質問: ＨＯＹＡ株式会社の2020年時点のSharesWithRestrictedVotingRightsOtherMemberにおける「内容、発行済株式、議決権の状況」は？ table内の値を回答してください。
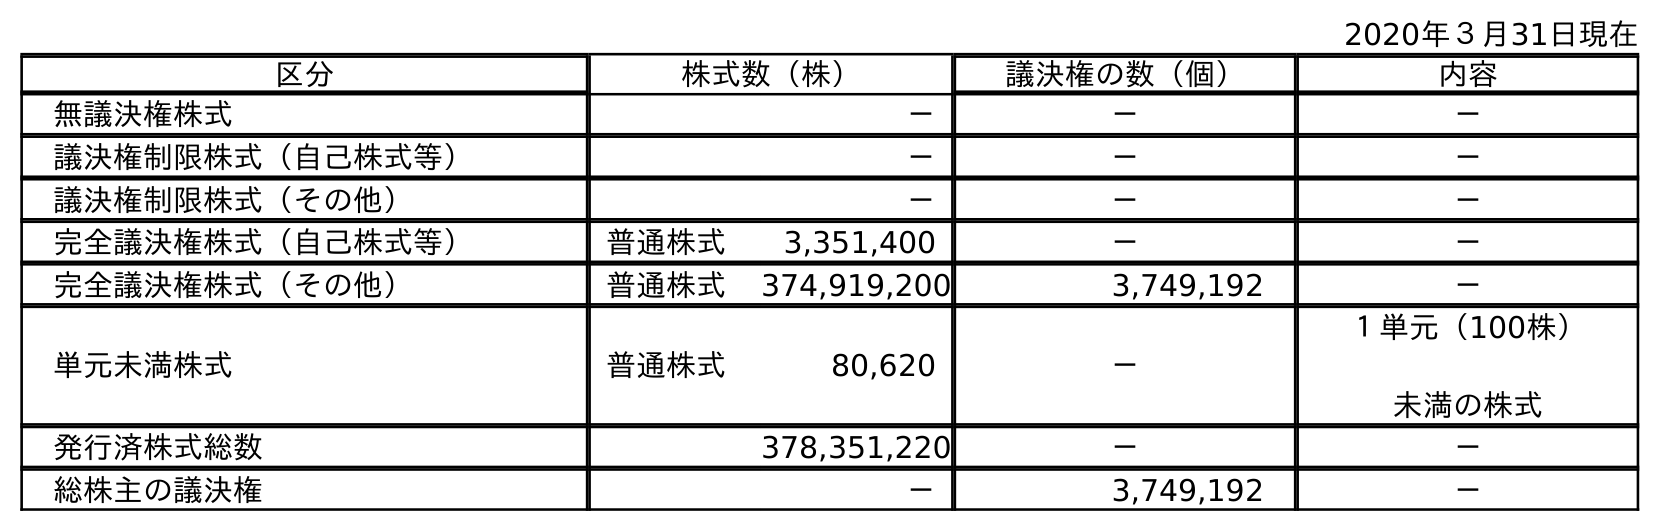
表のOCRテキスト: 2020年３月31日現在 区分 株式数（株） 議決権の数（個） 内容 無議決権株式 － － － 議決権制限株式（自己株式等） － － － 議決権制限株式（その他） － － － 完全議決権株式（自己株式等） 普通株式 3,351,400 － － 完全議決権株式（その他） 普通株式 374,919,200 3,749,192 － 単元未満株式 普通株式 80,620 － １単元（100株） 未満の株式 発行済株式総数 378,351,220 － － 総株主の議決権 － 3,749,192 －
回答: －